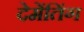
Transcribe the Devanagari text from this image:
देमेंतिंग